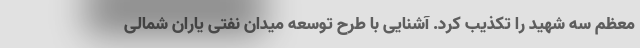
معظم سه شهید را تکذیب کرد. آَشنایی با طرح توسعه میدان نفتی یاران شمالی